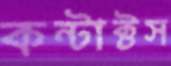
কন্টাক্টস